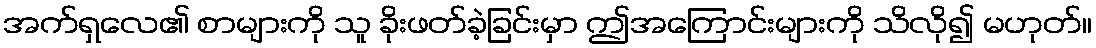
အက်ရှလေ၏ စာများကို သူ ခိုးဖတ်ခဲ့ခြင်းမှာ ဤအကြောင်းများကို သိလို၍ မဟုတ်။